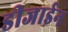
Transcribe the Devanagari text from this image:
डीजाईन